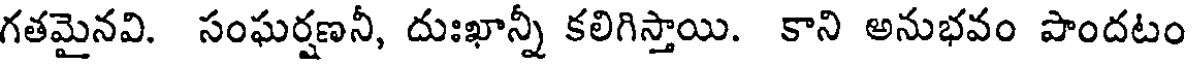
గతమైనవి. సంఘర్షణనీ, దుఃఖాన్నీ కలిగిస్తాయి. కాని అనుభవం పొందటం